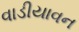
વાડીયાવન